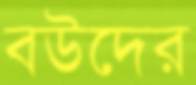
বউদের